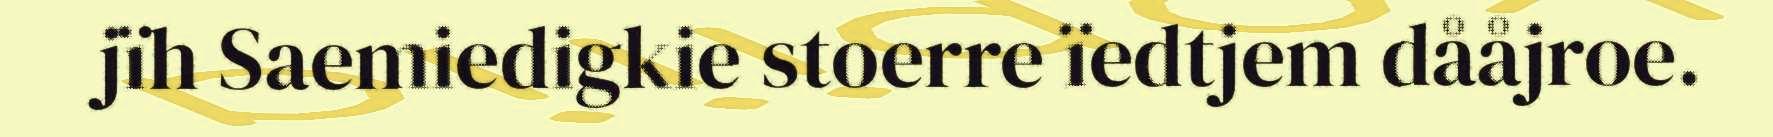
jïh Saemiedigkie stoerre ïedtjem dååjroe.